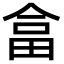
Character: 畣